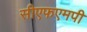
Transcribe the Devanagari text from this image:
सीएफएमपी